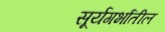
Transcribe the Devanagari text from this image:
सूर्यगर्भातील